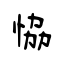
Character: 恊